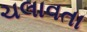
ચલાવતા